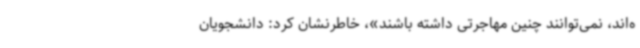
ه‌اند، نمی‌توانند چنین مهاجرتی داشته باشند»، خاطرنشان کرد: دانشجویان